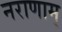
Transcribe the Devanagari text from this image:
नराणाम्